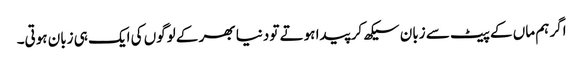
اگر ہم ماں کے پیٹ سے زبان سیکھ کر پیدا ہوتے تو دنیا بھر کے لوگوں کی ایک ہی زبان ہوتی۔